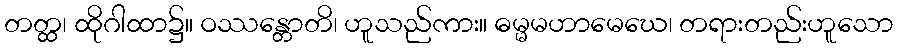
တတ္ထ၊ ထိုဂါထာ၌။ ဝဿန္တောတိ၊ ဟူသည်ကား။ ဓမ္မမဟာမေဃေ၊ တရားတည်းဟူသော